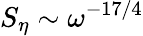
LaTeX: S_{\eta}\sim\omega^{-17/4}